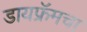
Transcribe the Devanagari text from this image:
डायफ्रॅमचा